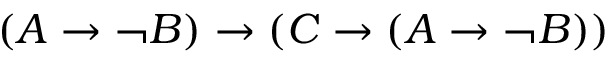
( A \to \lnot B ) \to ( C \to ( A \to \lnot B ) )